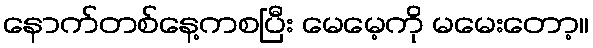
နောက်တစ်နေ့ကစပြီး မေမေ့ကို မမေးတော့။